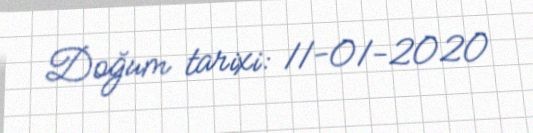
Doğum tarixi: 11-01-2020